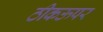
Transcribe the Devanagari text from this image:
ठीकऊपर